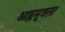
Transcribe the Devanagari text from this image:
आम्लमूत्रता